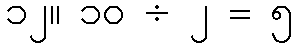
၁၂။ ၁၀ ÷ ၂ = ၅